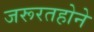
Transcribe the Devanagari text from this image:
जरूरतहोने